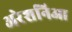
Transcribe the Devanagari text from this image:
अरेशनिआ